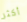
أكثر